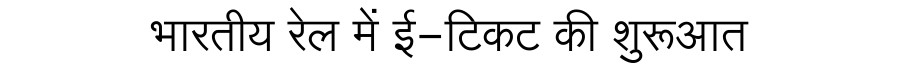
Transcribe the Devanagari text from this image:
भारतीय रेल में ई-टिकट की शुरूआत